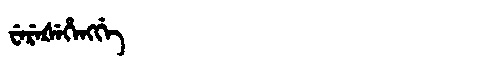
Manchu: ᠸᡝᡵᡝᡧᡝᡥᡝᠩᡤᡝ
Romanization: WEREŠEHENGGE